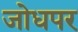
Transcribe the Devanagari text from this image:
जोधपर